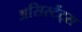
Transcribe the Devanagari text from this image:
असिस्टेंट्स